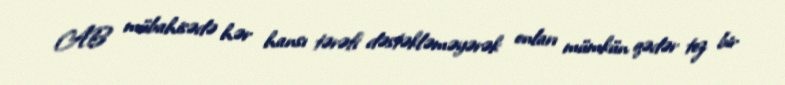
AB mübahisədə hər hansı tərəfi dəstəkləməyərək onları mümkün qədər tez bir